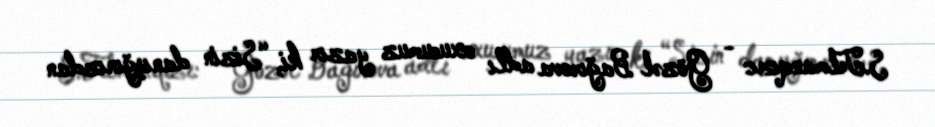
S.Telmanqızı: - Gözəl Bağırova adlı oxucumuz yazır ki, “Sizin danışğınızdan